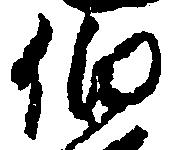
伯